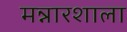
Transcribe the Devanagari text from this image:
मन्नारशाला